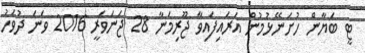
ޓީ ބަޔާން ހުށަނޭޅުމުން އަރައިފައިވާ ޖޫރިމަނާ 28 ޖަނަވަރީ 2016 ވަނަ ދުވަހު